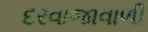
દરવાજાવાળી